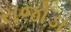
રાજોડા